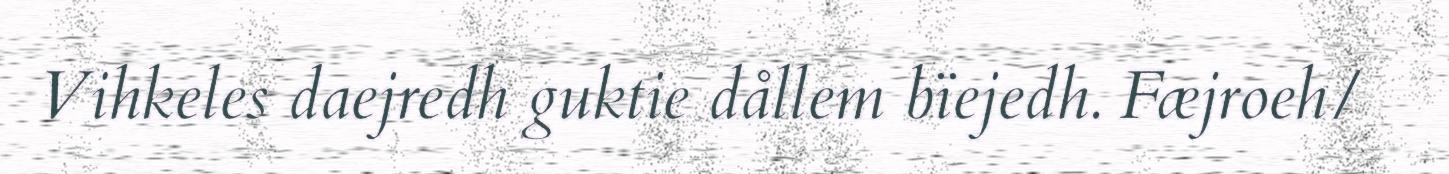
Vihkeles daejredh guktie dållem bïejedh. Fæjroeh/